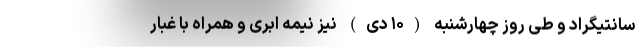
سانتیگراد و طی روز چهارشنبه (۱۰ دی) نیز نیمه ابری و همراه با غبار